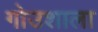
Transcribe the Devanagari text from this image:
गोउशाला